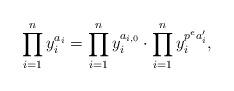
LaTeX: \begin{align*} \prod_{i=1}^{n} y_i^{a_i} = \prod_{i=1}^n y_i^{a_{i,0}} \cdot \prod_{i=1}^n y_i^{p^e a_{i}'}, \end{align*}